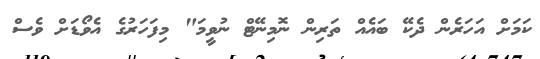
ކަމަށް އަހަރެން ދެކޭ ބައެއް ތަރިން ނޮމިނޭޓް ނުވީމަ" މިފަހަރުގެ އެވޯޑަށް ވެސް